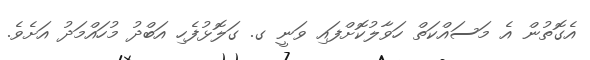
އެގޮތުން އެ މަސައްކަތް ހަވާލުކޮށްފައި ވަނީ ގ. ގަލޮޅުފެހި އަބްދު މުހައްމަދު އަށެވެ.